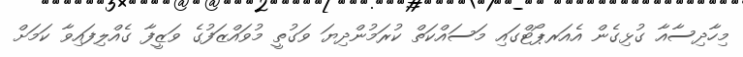
މިހާދިސާއާ ގުޅިގެން އެއަރޕޯޓްގައި މަސައްކަތް ކުރަމުންދިޔަ ވަގުތީ މުވައްޒަފުގެ ވަޒީފާ ގެއްލިފައިވާ ކަމަށް